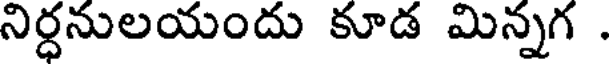
నిర్ధనులయందు కూడ మిన్నగ .